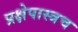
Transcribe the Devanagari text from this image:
प्रक्षेपास्त्रच